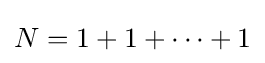
N=1+1+\dots +1